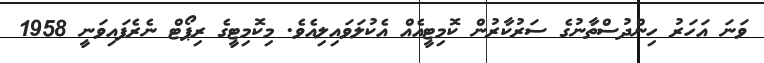
ވަނަ އަހަރު ހިންދުސްތާނުގެ ސަރުކާރުން ކޮމިޓީއެއް އެކުލަވައިލިއެވެ. މިކޮމިޓީގެ ރިޕޯޓް ނެރެފައިވަނީ 1958